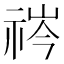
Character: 𬒻